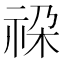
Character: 𮁳